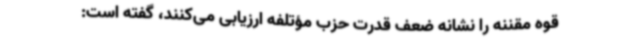
قوه مقننه را نشانه ضعف قدرت حزب مؤتلفه ارزیابی می‌کنند، گفته است: